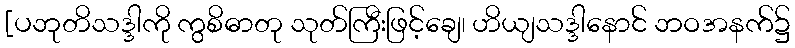
[ပဘုတိသဒ္ဒါကို ကွစိဓာတု သုတ်ကြီးဖြင့်ချေ၊ ဟိယျသဒ္ဒါနောင် ဘဝအနက်၌